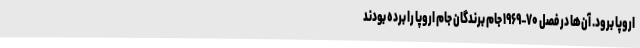
اروپا برود. آن‌ها در فصل ۷۰–۱۹۶۹ جام برندگان جام اروپا را برده بودند